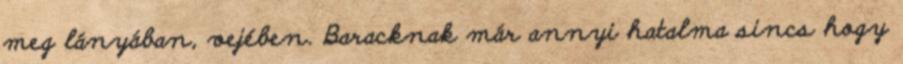
meg lányában, vejében. Baracknak már annyi hatalma sincs hogy